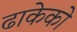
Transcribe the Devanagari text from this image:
ढाकेको